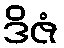
ဒိဇံ